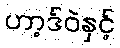
ဟာ့ဒ်ဝဲနှင့်